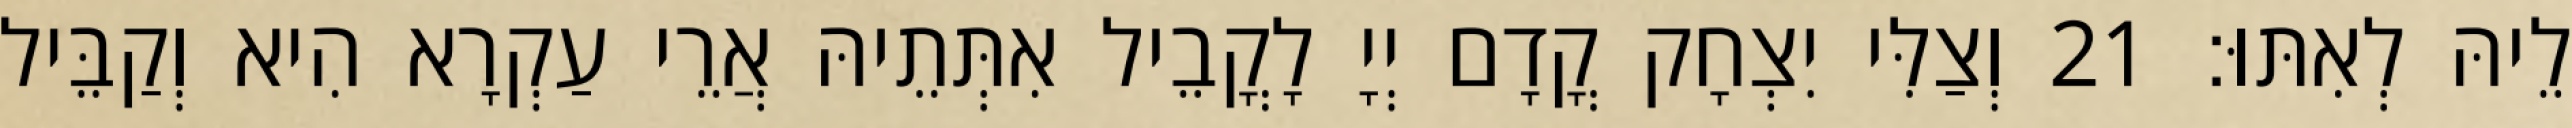
לֵיהּ לְאִתּוּ׃ 21 וְצַלִּי יִצְחָק קֳדָם יְיָ לָקֳבֵיל אִתְּתֵיהּ אֲרֵי עַקְרָא הִיא וְקַבֵּיל